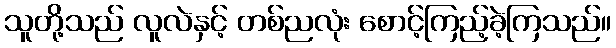
သူတို့သည် လူလဲနှင့် တစ်ညလုံး စောင့်ကြည့်ခဲ့ကြသည်။